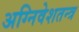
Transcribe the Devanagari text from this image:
अग्निवेशतन्त्र